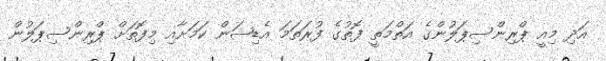
އަދި މިއީ ޕްރިންސިޕަލުންގެ އަތްމަތީ ފޮތުގެ ފުރަތަމަ އެޑިޝަން ކަމަށާއި މިފޮތަށް ޕްރިންސިޕަލުން